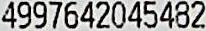
4997642045482